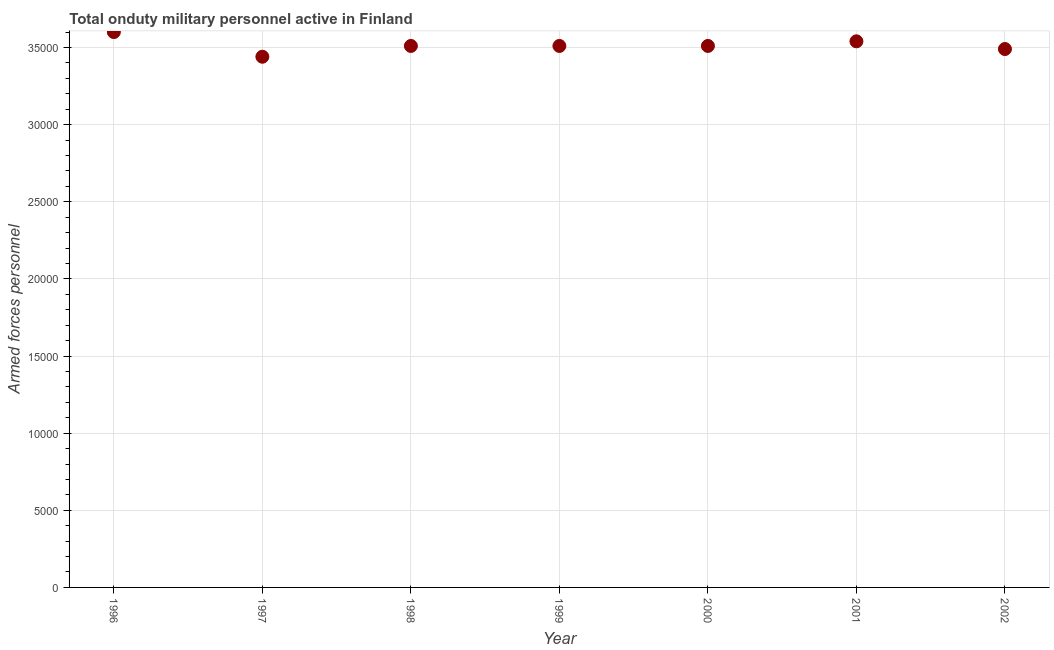
| Year | Armed forces personnel |
 | --- | --- |
 | 1996 | 3.6e+04 |
 | 1997 | 3.44e+04 |
 | 1998 | 3.51e+04 |
 | 1999 | 3.51e+04 |
 | 2000 | 3.51e+04 |
 | 2001 | 3.54e+04 |
 | 2002 | 3.49e+04 |